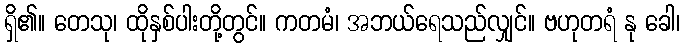
ရှိ၏။ တေသု၊ ထိုနှစ်ပါးတို့တွင်။ ကတမံ၊ အဘယ်ရေသည်လျှင်။ ဗဟုတရံ နု ခေါ၊